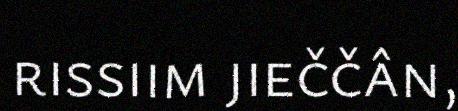
rissiim jieččân,